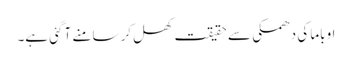
اوباما کی دھمکی سے حقیقت کھل کر سامنے آ گئی ہے۔